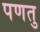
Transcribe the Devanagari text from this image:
पणतु